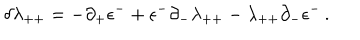
LaTeX: \delta \lambda _ { + + } = - \partial _ { + } \epsilon ^ { - } + \epsilon ^ { - } \partial _ { - } \lambda _ { + + } - \lambda _ { + + } \partial _ { - } \epsilon ^ { - } \, .